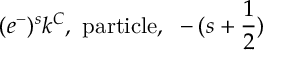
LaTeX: ( e ^ { - } ) ^ { s } k ^ { C } \mathrm { , ~ p a r t i c l e , ~ } - ( s + \frac { 1 } { 2 } )